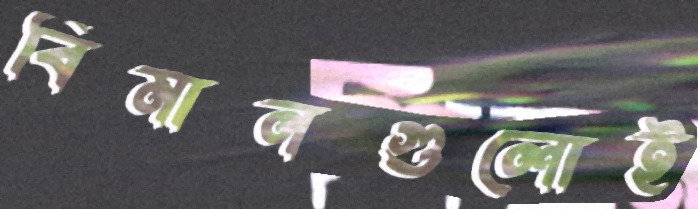
বিমানগুলোই